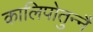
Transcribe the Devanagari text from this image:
कालिपोतुन्नै